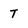
Character: 7